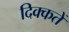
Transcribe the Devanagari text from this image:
दिक्‍कतें